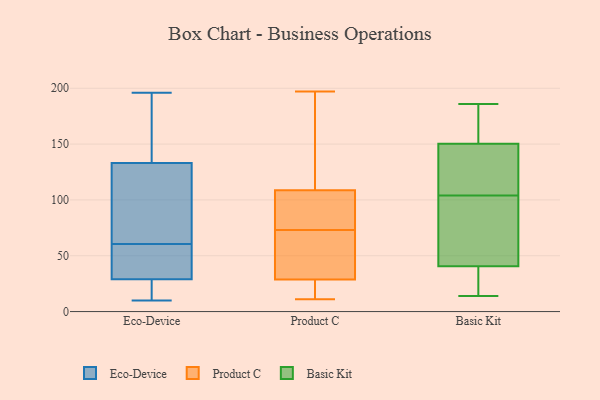
{"axis": {"x": "Revenue (USD Million)", "y": "Value"}, "legend": ["Basic Kit", "Eco-Device", "Product C"], "data": [{"x": "", "y": 10, "type": "Eco-Device"}, {"x": "", "y": 58, "type": "Eco-Device"}, {"x": "", "y": 193, "type": "Eco-Device"}, {"x": "", "y": 63, "type": "Eco-Device"}, {"x": "", "y": 31, "type": "Eco-Device"}, {"x": "", "y": 29, "type": "Eco-Device"}, {"x": "", "y": 133, "type": "Eco-Device"}, {"x": "", "y": 84, "type": "Eco-Device"}, {"x": "", "y": 18, "type": "Eco-Device"}, {"x": "", "y": 57, "type": "Eco-Device"}, {"x": "", "y": 24, "type": "Eco-Device"}, {"x": "", "y": 147, "type": "Eco-Device"}, {"x": "", "y": 73, "type": "Eco-Device"}, {"x": "", "y": 196, "type": "Eco-Device"}, {"x": "", "y": 111, "type": "Product C"}, {"x": "", "y": 197, "type": "Product C"}, {"x": "", "y": 31, "type": "Product C"}, {"x": "", "y": 102, "type": "Product C"}, {"x": "", "y": 38, "type": "Product C"}, {"x": "", "y": 28, "type": "Product C"}, {"x": "", "y": 73, "type": "Product C"}, {"x": "", "y": 11, "type": "Product C"}, {"x": "", "y": 81, "type": "Product C"}, {"x": "", "y": 130, "type": "Product C"}, {"x": "", "y": 19, "type": "Product C"}, {"x": "", "y": 104, "type": "Basic Kit"}, {"x": "", "y": 185, "type": "Basic Kit"}, {"x": "", "y": 166, "type": "Basic Kit"}, {"x": "", "y": 69, "type": "Basic Kit"}, {"x": "", "y": 83, "type": "Basic Kit"}, {"x": "", "y": 41, "type": "Basic Kit"}, {"x": "", "y": 145, "type": "Basic Kit"}, {"x": "", "y": 14, "type": "Basic Kit"}, {"x": "", "y": 21, "type": "Basic Kit"}, {"x": "", "y": 186, "type": "Basic Kit"}, {"x": "", "y": 119, "type": "Basic Kit"}, {"x": "", "y": 39, "type": "Basic Kit"}, {"x": "", "y": 145, "type": "Basic Kit"}]}